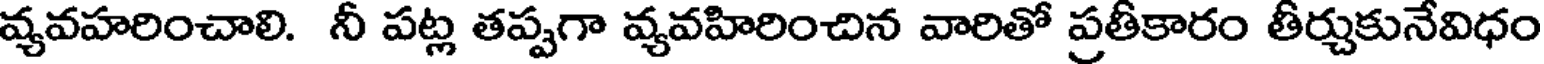
వ్యవహరించాలి. నీ పట్ల తప్పగా వ్యవహిరించిన వారితో ప్రతీకారం తీర్చుకునేవిధం